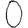
Digit: 0